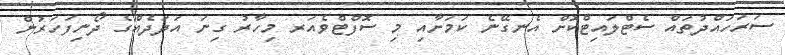
ސަރަހައްދުތައް ސެޓްލައިޓްކޮށް އެނގޭނެ ކަމަށާއި މި ސޮފްޓްވެއަރ މިހާރު ގިނަ އަދަދެއްގެ ދޯނިފަހަރުން